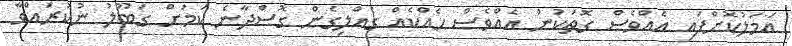
އަމަލުކޮށްފައި އެއްވެސް ގޮތަކުން އެއްވެސް ހެއްކެއް ގެއްލިގެން ގޮސްދާނެ ކަމަށް ގަބޫލު ނުކުރައްވާ